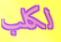
لكلب